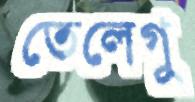
তেলেগু